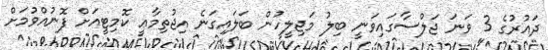
ދައުރުގެ 3 ވަނަ ޖަލްސާގައިވަނީ ބިލު މަޖިލީހުން ބަލައިގަނެ އިޖުތިމާޢީ ކޮމިޓީއަށް ފޮނުއްވުމަށް